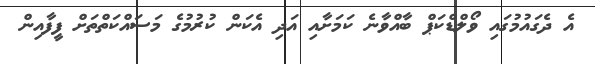
އެ ދެގައުމުގައި ވޯލްޑްކަޕް ބާއްވާނެ ކަމަށާއި އަދި އެކަން ކުރުމުގެ މަސައްކަތްތަށް ފީފާއިން